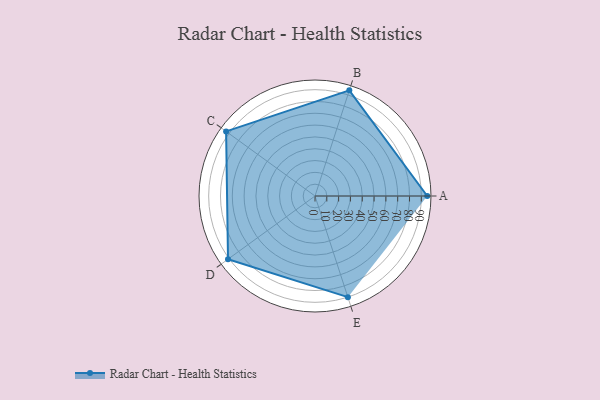
{"axis": {"x": "Skill", "y": "Score"}, "legend": ["Profile"], "data": [{"x": "A", "y": 95.0, "type": "Profile"}, {"x": "B", "y": 94.0, "type": "Profile"}, {"x": "C", "y": 93.0, "type": "Profile"}, {"x": "D", "y": 91.0, "type": "Profile"}, {"x": "E", "y": 90.0, "type": "Profile"}]}